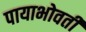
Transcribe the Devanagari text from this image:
पायाभोवती